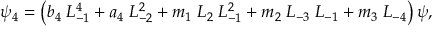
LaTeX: \psi _ { 4 } = \left( b _ { 4 } \; L _ { - 1 } ^ { 4 } + a _ { 4 } \; L _ { - 2 } ^ { 2 } + m _ { 1 } \; L _ { 2 } \; L _ { - 1 } ^ { 2 } + m _ { 2 } \; L _ { - 3 } \; L _ { - 1 } + m _ { 3 } \; L _ { - 4 } \right) \psi ,